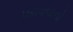
પઢાવવાનો